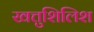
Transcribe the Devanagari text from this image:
खत्तुशिलिश